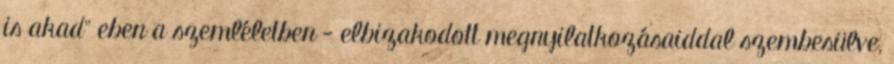
is akad" eben a szemléletben - elbizakodott megnyilatkozásaiddal szembesülve,